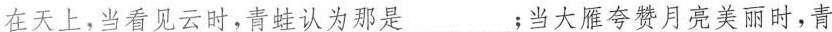
在天上，当看见云时，青蛙认为那是___；当大雁夸赞月亮美丽时，青